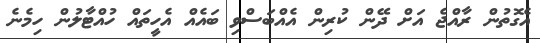
އެގޮތުން ރާއްޖެ އަށް ދޭން ކުރިން އެއްބަސްވި ބައެއް އެހީތައް ހުއްޓާލުން ހިމެނެ